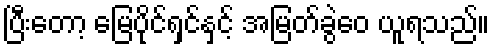
ပြီးတော့ မြေပိုင်ရှင်နှင့် အမြတ်ခွဲဝေ ယူရသည်။